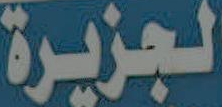
الجزيرة